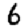
Digit: 6